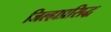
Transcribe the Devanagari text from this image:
जिल्हाप्रसिद्ध